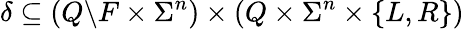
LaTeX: \delta\subseteq\left(Q\backslash F\times\Sigma^{n}\right)\times\left(Q\times\Sigma^{n}\times\{ L,R\} \right)